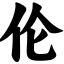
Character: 伦